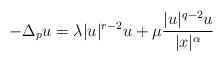
LaTeX: \begin{align*}-\Delta_p u =\lambda |u|^{r-2}u+\mu\frac{|u|^{q-2}u}{|x|^\alpha}\quad\end{align*}